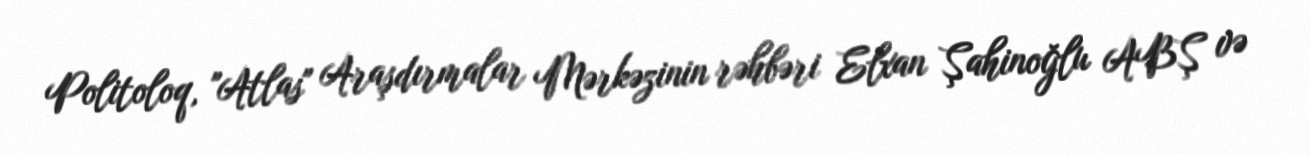
Politoloq, "Atlas" Araşdırmalar Mərkəzinin rəhbəri Elxan Şahinoğlu ABŞ və